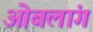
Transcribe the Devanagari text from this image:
ओबलांग